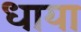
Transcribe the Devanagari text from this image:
धाया